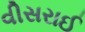
વીસરાઈ